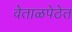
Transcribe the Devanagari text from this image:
वेताळपेठेत